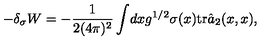
- \delta _ { \sigma } W = - \frac 1 { 2 ( 4 \pi ) ^ { 2 } } \int \! d x g ^ { 1 / 2 } \sigma ( x ) \mathrm { t r } \hat { a } _ { 2 } ( x , x ) ,